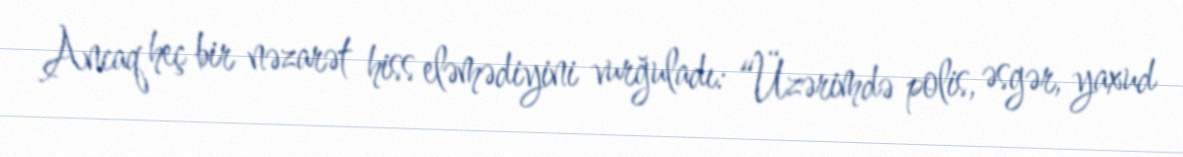
Ancaq heç bir nəzarət hiss eləmədiyini vurğuladı: “Üzərimdə polis, əsgər, yaxud